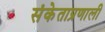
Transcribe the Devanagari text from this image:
संकेताप्रणाली